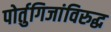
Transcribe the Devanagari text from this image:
पोर्तुगिजांविरुद्ध